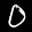
Label: 0